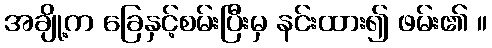
အချို့က ခြေနှင့်စမ်းပြီးမှ နင်းထား၍ ဖမ်း၏ ။